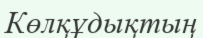
Көлқұдықтың